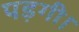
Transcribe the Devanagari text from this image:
पड़गी।